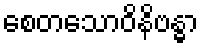
စေတသောဝိနိဗန္ဓာ